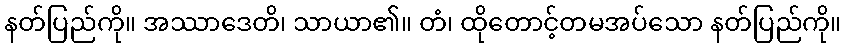
နတ်ပြည်ကို။ အဿာဒေတိ၊ သာယာ၏။ တံ၊ ထိုတောင့်တမအပ်သော နတ်ပြည်ကို။